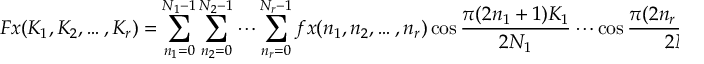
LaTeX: F x ( K _ { 1 } , K _ { 2 } , \ldots , K _ { r } ) = \sum _ { n _ { 1 } = 0 } ^ { N _ { 1 } - 1 } \sum _ { n _ { 2 } = 0 } ^ { N _ { 2 } - 1 } \cdots \sum _ { n _ { r } = 0 } ^ { N _ { r } - 1 } f x ( n _ { 1 } , n _ { 2 } , \ldots , n _ { r } ) \cos { \frac { \pi ( 2 n _ { 1 } + 1 ) K _ { 1 } } { 2 N _ { 1 } } } \cdots \cos { \frac { \pi ( 2 n _ { r } + 1 ) K _ { r } } { 2 N _ { r } } }